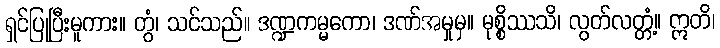
ရှင်ပြုပြီးမူကား။ တွံ၊ သင်သည်။ ဒဏ္ဍကမ္မကော၊ ဒဏ်အမှုမှ။ မုစ္စိဿသိ၊ လွတ်လတ္တံ့။ ဣတိ၊